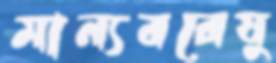
মান্যবরেষু